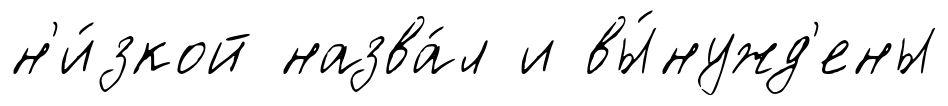
н'и́зкой назва́л и вы́нужд'ены